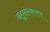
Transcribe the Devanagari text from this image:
बहुसंस्करण